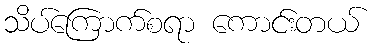
သိပ်ကြောက်စရာ ကောင်းတယ်